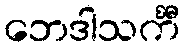
ဘေဒါသင်္ကီ